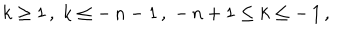
\: k \geq 1 \, , \; k \leq - \, n - 1 \, , \; - \, n + 1 \leq k \leq - \, 1 \, , \: